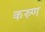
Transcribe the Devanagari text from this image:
कस्र्ण